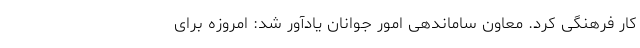
کار فرهنگی کرد. معاون ساماندهی امور جوانان یادآور شد: امروزه برای